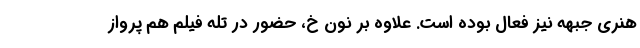
هنری جبهه نیز فعال بوده است. علاوه بر نون خ، حضور در تله فیلم هم پرواز